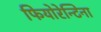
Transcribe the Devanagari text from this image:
फियोरेन्टिना